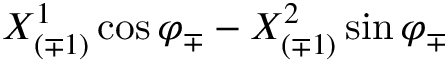
{ X _ { ( \mp 1 ) } ^ { 1 } \cos \varphi _ { \mp } - X _ { ( \mp 1 ) } ^ { 2 } \sin \varphi _ { \mp } }